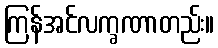
ကြန်အင်လက္ခဏာတည်း။